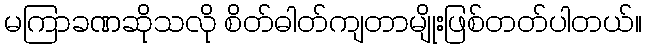
မကြာခဏဆိုသလို စိတ်ဓါတ်ကျတာမျိုးဖြစ်တတ်ပါတယ်။